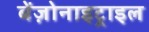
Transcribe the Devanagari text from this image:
बेंज़ोनाइट्राइल